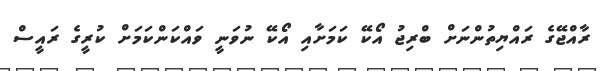
ރާއްޖޭގެ ރައްޔިތުންނަށް ބްރިޖު އޯކޭ ކަމަށާއި އޯކޭ ނުވަނީ ވައްކަންކަމަށް ކުރީގެ ރައީސް